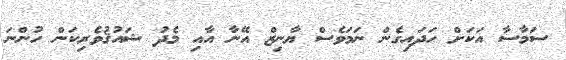
ސަމާސާ އަކަށް ހަދައިގެން ނަމަވެސް ޔާނިޒް އޭނާ އާއި މެދު ޝައުޤުވެރިކަން ހުންނަ